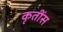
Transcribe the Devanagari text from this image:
कृतींस